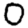
Digit: 0